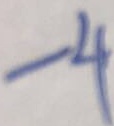
- 4